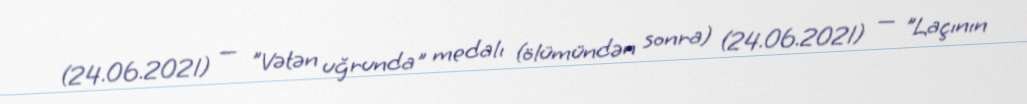
(24.06.2021) — "Vətən uğrunda" medalı (ölümündən sonra) (24.06.2021) — "Laçının